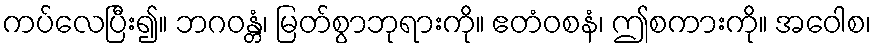
ကပ်လေပြီး၍။ ဘဂဝန္တံ၊ မြတ်စွာဘုရားကို။ ဧတံဝစနံ၊ ဤစကားကို။ အဝေါစ၊